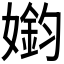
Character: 𫱳